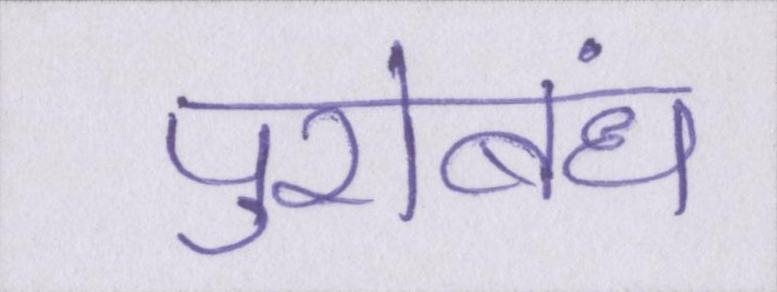
पुरोबंध